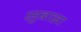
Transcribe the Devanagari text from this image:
सुबासा